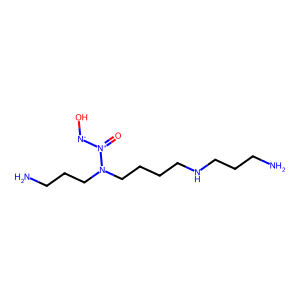
SMILES: NCCCNCCCCN(CCCN)[N+](=O)[N-]O
Inhibits HIV replication: No